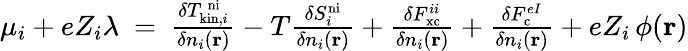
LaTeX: \begin{array}{r}{\mu_{i}+eZ_{i}\lambda\ =\ \frac{\delta T_{\mathrm{kin},i}^{\mathrm{\, ni}}}{\delta n_{i}(\mathbf{r})}-T\frac{\delta S_{i}^{\mathrm{ni}}}{\delta n_{i}(\mathbf{r})}+\frac{\delta F_{\mathrm{xc}}^{ii}}{\delta n_{i}(\mathbf{r})}+\frac{\delta F_{\mathrm{c}}^{eI}}{\delta n_{i}(\mathbf{r})}+eZ_{i}\, \phi(\mathbf{r})}\end{array}